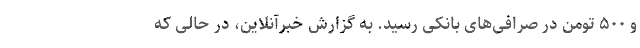
و ۵۰۰ تومن در صرافی‌های بانکی رسید. به گزارش خبرآنلاین، در حالی که